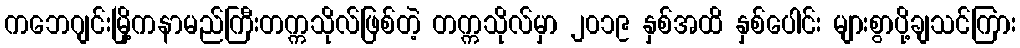
ကဘေဂျင်းမြို့ကနာမည်ကြီးတက္ကသိုလ်ဖြစ်တဲ့ တက္ကသိုလ်မှာ ၂၀၁၉ နှစ်အထိ နှစ်ပေါင်း များစွာပို့ချသင်ကြား